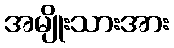
အမျိုးသားအား